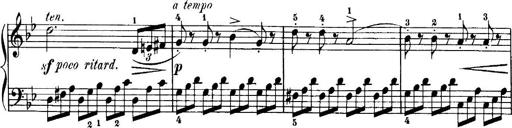
Title: 7 Sonatinas
Composer: Anton Diabelli